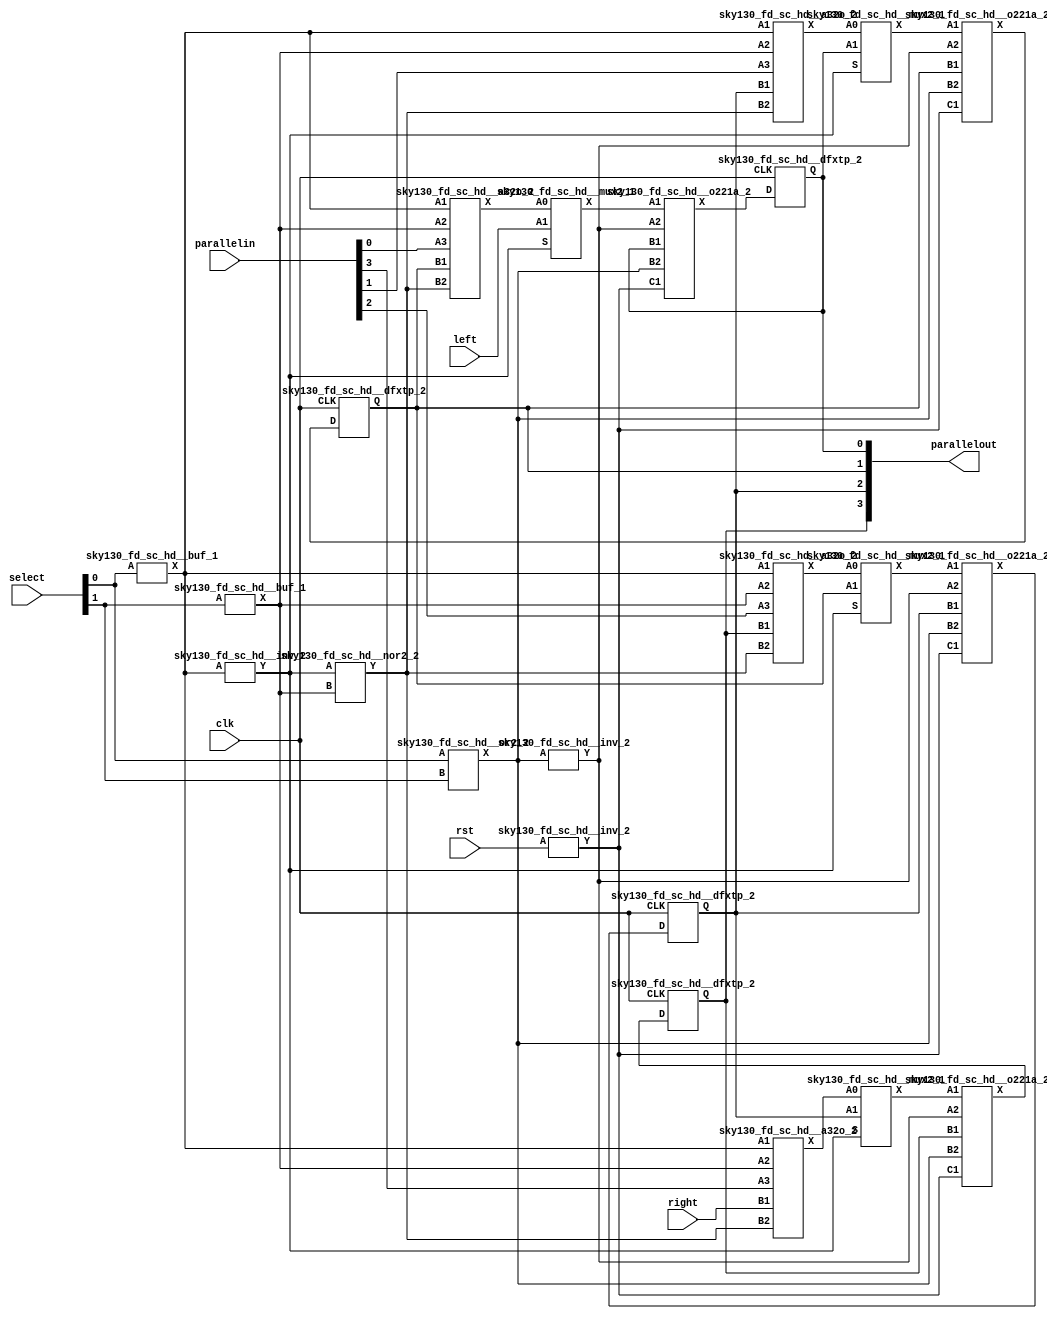

module usr_nbit(select, parallelin, left, right, parallelout, clk, rst);
  wire _00_;
  wire _01_;
  wire _02_;
  wire _03_;
  wire _04_;
  wire _05_;
  wire _06_;
  wire _07_;
  wire _08_;
  wire _09_;
  wire _10_;
  wire _11_;
  wire _12_;
  wire _13_;
  wire _14_;
  wire _15_;
  wire _16_;
  wire _17_;
  wire _18_;
  input clk;
  input left;
  input [3:0] parallelin;
  output [3:0] parallelout;
  input right;
  input rst;
  input [1:0] select;
  sky130_fd_sc_hd__or2_2 _19_ (
    .A(select[0]),
    .B(select[1]),
    .X(_09_)
  );
  sky130_fd_sc_hd__inv_2 _20_ (
    .A(_09_),
    .Y(_10_)
  );
  sky130_fd_sc_hd__inv_2 _21_ (
    .A(rst),
    .Y(_11_)
  );
  sky130_fd_sc_hd__o221a_2 _22_ (
    .A1(_15_),
    .A2(_10_),
    .B1(parallelout[1]),
    .B2(_09_),
    .C1(_11_),
    .X(_07_)
  );
  sky130_fd_sc_hd__o221a_2 _23_ (
    .A1(_17_),
    .A2(_10_),
    .B1(parallelout[0]),
    .B2(_09_),
    .C1(_11_),
    .X(_06_)
  );
  sky130_fd_sc_hd__o221a_2 _24_ (
    .A1(_16_),
    .A2(_10_),
    .B1(parallelout[2]),
    .B2(_09_),
    .C1(_11_),
    .X(_05_)
  );
  sky130_fd_sc_hd__buf_1 _25_ (
    .A(select[0]),
    .X(_12_)
  );
  sky130_fd_sc_hd__inv_2 _26_ (
    .A(_12_),
    .Y(_00_)
  );
  sky130_fd_sc_hd__buf_1 _27_ (
    .A(select[1]),
    .X(_13_)
  );
  sky130_fd_sc_hd__nor2_2 _28_ (
    .A(_00_),
    .B(_13_),
    .Y(_14_)
  );
  sky130_fd_sc_hd__a32o_2 _29_ (
    .A1(_12_),
    .A2(_13_),
    .A3(parallelin[0]),
    .B1(parallelout[1]),
    .B2(_14_),
    .X(_01_)
  );
  sky130_fd_sc_hd__a32o_2 _30_ (
    .A1(_12_),
    .A2(_13_),
    .A3(parallelin[3]),
    .B1(right),
    .B2(_14_),
    .X(_02_)
  );
  sky130_fd_sc_hd__a32o_2 _31_ (
    .A1(_12_),
    .A2(_13_),
    .A3(parallelin[1]),
    .B1(parallelout[2]),
    .B2(_14_),
    .X(_03_)
  );
  sky130_fd_sc_hd__a32o_2 _32_ (
    .A1(_12_),
    .A2(_13_),
    .A3(parallelin[2]),
    .B1(parallelout[3]),
    .B2(_14_),
    .X(_04_)
  );
  sky130_fd_sc_hd__o221a_2 _33_ (
    .A1(_18_),
    .A2(_10_),
    .B1(parallelout[3]),
    .B2(_09_),
    .C1(_11_),
    .X(_08_)
  );
  sky130_fd_sc_hd__mux2_1 _34_ (
    .A0(_01_),
    .A1(left),
    .S(_00_),
    .X(_17_)
  );
  sky130_fd_sc_hd__mux2_1 _35_ (
    .A0(_02_),
    .A1(parallelout[2]),
    .S(_00_),
    .X(_18_)
  );
  sky130_fd_sc_hd__mux2_1 _36_ (
    .A0(_03_),
    .A1(parallelout[0]),
    .S(_00_),
    .X(_15_)
  );
  sky130_fd_sc_hd__mux2_1 _37_ (
    .A0(_04_),
    .A1(parallelout[1]),
    .S(_00_),
    .X(_16_)
  );
  sky130_fd_sc_hd__dfxtp_2 _38_ (
    .CLK(clk),
    .D(_05_),
    .Q(parallelout[2])
  );
  sky130_fd_sc_hd__dfxtp_2 _39_ (
    .CLK(clk),
    .D(_06_),
    .Q(parallelout[0])
  );
  sky130_fd_sc_hd__dfxtp_2 _40_ (
    .CLK(clk),
    .D(_07_),
    .Q(parallelout[1])
  );
  sky130_fd_sc_hd__dfxtp_2 _41_ (
    .CLK(clk),
    .D(_08_),
    .Q(parallelout[3])
  );
endmodule





//module a32o_2
module sky130_fd_sc_hd__a32o_2 (X  ,A1  ,A2  ,A3  ,B1  ,B2);
    output X   ;
    input  A1  ;
    input  A2  ;
    input  A3  ;
    input  B1  ;
    input  B2  ;
    wire and0_out;
    wire and1_out;
    and                                and0        (and0_out         , A3, A1, A2           );
    and                                and1        (and1_out         , B1, B2               );
    or                                 or0         (X        , and1_out, and0_out   );

endmodule


//module buf_1
module   sky130_fd_sc_hd__buf_1 (A,X);
input A;
output X;

buf buf1 (X,A);

endmodule



//module dfxtp_2
module  sky130_fd_sc_hd__dfxtp_2 (CLK,D,Q);
input D, CLK;
output Q;
reg Q;

always@(posedge CLK)
begin
	Q<=D;
end
endmodule


//module inv_2
module sky130_fd_sc_hd__inv_2 (A,Y);
input A;
output Y;

not not1 (Y,A);

endmodule


//module mux2_1
module  sky130_fd_sc_hd__mux2_1 (A0,A1,S,X);
input A0,A1,S;
output X;

wire not_out,and_out1,and_out0;

not not0 (not_out,S);
and and0 (and_out0,not_out,A0);
and and1 (and_out1,S,A1);
or or0 (X,and_out0,and_out1);

endmodule


//module nor2_2
module   sky130_fd_sc_hd__nor2_2 (A,B,Y);
input A,B;
output Y;

nor nor1 (Y,A,B);
endmodule


//module o221a_2
module sky130_fd_sc_hd__o221a_2 (X   ,A1  ,A2  ,B1  ,B2  ,C1  ,);
    output X   ;
    input  A1  ;
    input  A2  ;
    input  B1  ;
    input  B2  ;
    input  C1  ;
    wire or0_out          ;
    wire or1_out          ;
    or                                 or0         (or0_out          , B2, B1                );
    or                                 or1         (or1_out          , A2, A1                );
    and                                and0        (X                , or0_out, or1_out, C1  );

endmodule


//module or2_2
module sky130_fd_sc_hd__or2_2(A,B,X);
input A,B;
output X;

or or1 (X,A,B);

endmodule